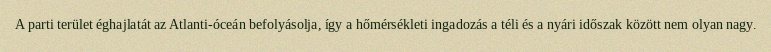
A parti terület éghajlatát az Atlanti-óceán befolyásolja, így a hőmérsékleti ingadozás a téli és a nyári időszak között nem olyan nagy.